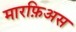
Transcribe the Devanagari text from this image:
मारफ़िअस